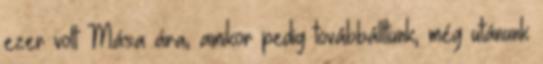
ezer volt Mása ára, amikor pedig továbbálltunk, még utánunk